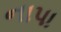
નાપા